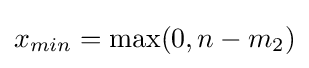
x_{min}=\max(0,n-m_{2})